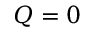
Q = 0